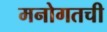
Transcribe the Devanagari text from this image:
मनोगतची